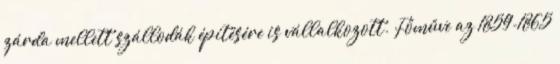
zárda mellett szállodák építésére is vállalkozott. Főműve az 1859-1865